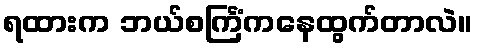
ရထားက ဘယ်စင်္ကြံကနေထွက်တာလဲ။